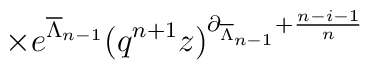
\hspace{1.75in} \times         e^{\overline{\Lambda}_{n-1}}         (q^{n+1} z)^{\partial_{\overline{\Lambda}_{n-1}}+\frac{n-i-1}{n}}